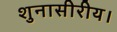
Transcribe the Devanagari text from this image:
शुनासीरीय।